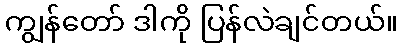
ကျွန်တော် ဒါကို ပြန်လဲချင်တယ်။